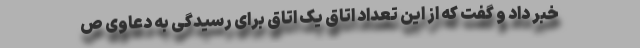
خبر داد و گفت که از این تعداد اتاق یک اتاق برای رسیدگی به دعاوی ص